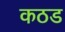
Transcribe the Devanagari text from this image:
कठड